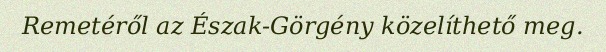
Remetéről az Észak-Görgény közelíthető meg.